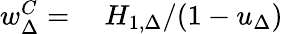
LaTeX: \begin{array}{rl}{w_{\Delta}^{C}=}&{{}\ H_{1,\Delta}/(1-u_{\Delta})}\end{array}